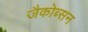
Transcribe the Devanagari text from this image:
जैकोब्सन